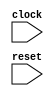
module IntervalChainedSubTester(
    input clock,
    input reset
);
    wire [4:0] intervalResult1;
    wire [4:0] intervalResult2;
    wire [10:0] uIntResult;
    wire [11:0] sIntResult;
    wire [11:0] fixedResult;
    wire [5:0] _node_0;
    ASSINT #(.width(6)) assint_1 (
        .y(_node_0),
        .in(6'h11)
    );
    wire [2:0] _node_1;
    ASSINT #(.width(3)) assint_2 (
        .y(_node_1),
        .in(3'h2)
    );
    wire [6:0] _intervalResult1_T;
    wire [5:0] _WTEMP_0;
    PAD_SIGNED #(.width(3), .n(6)) s_pad_3 (
        .y(_WTEMP_0),
        .in(_node_1)
    );
    SUB_SIGNED #(.width(6)) s_sub_4 (
        .y(_intervalResult1_T),
        .a(_node_0),
        .b(_WTEMP_0)
    );
    wire [2:0] _node_2;
    ASSINT #(.width(3)) assint_5 (
        .y(_node_2),
        .in(3'h2)
    );
    wire [7:0] _intervalResult1_T_1;
    wire [6:0] _WTEMP_1;
    PAD_SIGNED #(.width(3), .n(7)) s_pad_6 (
        .y(_WTEMP_1),
        .in(_node_2)
    );
    SUB_SIGNED #(.width(7)) s_sub_7 (
        .y(_intervalResult1_T_1),
        .a(_intervalResult1_T),
        .b(_WTEMP_1)
    );
    wire [2:0] _node_3;
    ASSINT #(.width(3)) assint_8 (
        .y(_node_3),
        .in(3'h2)
    );
    wire [8:0] _intervalResult1_T_2;
    wire [7:0] _WTEMP_2;
    PAD_SIGNED #(.width(3), .n(8)) s_pad_9 (
        .y(_WTEMP_2),
        .in(_node_3)
    );
    SUB_SIGNED #(.width(8)) s_sub_10 (
        .y(_intervalResult1_T_2),
        .a(_intervalResult1_T_1),
        .b(_WTEMP_2)
    );
    wire [2:0] _node_4;
    ASSINT #(.width(3)) assint_11 (
        .y(_node_4),
        .in(3'h2)
    );
    wire [9:0] _intervalResult1_T_3;
    wire [8:0] _WTEMP_3;
    PAD_SIGNED #(.width(3), .n(9)) s_pad_12 (
        .y(_WTEMP_3),
        .in(_node_4)
    );
    SUB_SIGNED #(.width(9)) s_sub_13 (
        .y(_intervalResult1_T_3),
        .a(_intervalResult1_T_2),
        .b(_WTEMP_3)
    );
    wire [2:0] _node_5;
    ASSINT #(.width(3)) assint_14 (
        .y(_node_5),
        .in(3'h2)
    );
    wire [10:0] _intervalResult1_T_4;
    wire [9:0] _WTEMP_4;
    PAD_SIGNED #(.width(3), .n(10)) s_pad_15 (
        .y(_WTEMP_4),
        .in(_node_5)
    );
    SUB_SIGNED #(.width(10)) s_sub_16 (
        .y(_intervalResult1_T_4),
        .a(_intervalResult1_T_3),
        .b(_WTEMP_4)
    );
    wire [2:0] _node_6;
    ASSINT #(.width(3)) assint_17 (
        .y(_node_6),
        .in(3'h2)
    );
    wire [11:0] _intervalResult1_T_5;
    wire [10:0] _WTEMP_5;
    PAD_SIGNED #(.width(3), .n(11)) s_pad_18 (
        .y(_WTEMP_5),
        .in(_node_6)
    );
    SUB_SIGNED #(.width(11)) s_sub_19 (
        .y(_intervalResult1_T_5),
        .a(_intervalResult1_T_4),
        .b(_WTEMP_5)
    );
    wire [5:0] _node_7;
    ASSINT #(.width(6)) assint_20 (
        .y(_node_7),
        .in(6'h11)
    );
    wire [2:0] _node_8;
    ASSINT #(.width(3)) assint_21 (
        .y(_node_8),
        .in(3'h2)
    );
    wire [6:0] _intervalResult2_T;
    wire [5:0] _WTEMP_6;
    PAD_SIGNED #(.width(3), .n(6)) s_pad_22 (
        .y(_WTEMP_6),
        .in(_node_8)
    );
    SUB_SIGNED #(.width(6)) s_sub_23 (
        .y(_intervalResult2_T),
        .a(_node_7),
        .b(_WTEMP_6)
    );
    wire [2:0] _node_9;
    ASSINT #(.width(3)) assint_24 (
        .y(_node_9),
        .in(3'h2)
    );
    wire [7:0] _intervalResult2_T_1;
    wire [6:0] _WTEMP_7;
    PAD_SIGNED #(.width(3), .n(7)) s_pad_25 (
        .y(_WTEMP_7),
        .in(_node_9)
    );
    SUB_SIGNED #(.width(7)) s_sub_26 (
        .y(_intervalResult2_T_1),
        .a(_intervalResult2_T),
        .b(_WTEMP_7)
    );
    wire [2:0] _node_10;
    ASSINT #(.width(3)) assint_27 (
        .y(_node_10),
        .in(3'h2)
    );
    wire [8:0] _intervalResult2_T_2;
    wire [7:0] _WTEMP_8;
    PAD_SIGNED #(.width(3), .n(8)) s_pad_28 (
        .y(_WTEMP_8),
        .in(_node_10)
    );
    SUB_SIGNED #(.width(8)) s_sub_29 (
        .y(_intervalResult2_T_2),
        .a(_intervalResult2_T_1),
        .b(_WTEMP_8)
    );
    wire [2:0] _node_11;
    ASSINT #(.width(3)) assint_30 (
        .y(_node_11),
        .in(3'h2)
    );
    wire [9:0] _intervalResult2_T_3;
    wire [8:0] _WTEMP_9;
    PAD_SIGNED #(.width(3), .n(9)) s_pad_31 (
        .y(_WTEMP_9),
        .in(_node_11)
    );
    SUB_SIGNED #(.width(9)) s_sub_32 (
        .y(_intervalResult2_T_3),
        .a(_intervalResult2_T_2),
        .b(_WTEMP_9)
    );
    wire [2:0] _node_12;
    ASSINT #(.width(3)) assint_33 (
        .y(_node_12),
        .in(3'h2)
    );
    wire [10:0] _intervalResult2_T_4;
    wire [9:0] _WTEMP_10;
    PAD_SIGNED #(.width(3), .n(10)) s_pad_34 (
        .y(_WTEMP_10),
        .in(_node_12)
    );
    SUB_SIGNED #(.width(10)) s_sub_35 (
        .y(_intervalResult2_T_4),
        .a(_intervalResult2_T_3),
        .b(_WTEMP_10)
    );
    wire [2:0] _node_13;
    ASSINT #(.width(3)) assint_36 (
        .y(_node_13),
        .in(3'h2)
    );
    wire [11:0] _intervalResult2_T_5;
    wire [10:0] _WTEMP_11;
    PAD_SIGNED #(.width(3), .n(11)) s_pad_37 (
        .y(_WTEMP_11),
        .in(_node_13)
    );
    SUB_SIGNED #(.width(11)) s_sub_38 (
        .y(_intervalResult2_T_5),
        .a(_intervalResult2_T_4),
        .b(_WTEMP_11)
    );
    wire [5:0] _uIntResult_T;
    assign _uIntResult_T = 6'hF;
    wire [5:0] _uIntResult_T_1;
    assign _uIntResult_T_1 = 6'hF;
    wire [6:0] _uIntResult_T_2;
    assign _uIntResult_T_2 = 7'hD;
    wire [6:0] _uIntResult_T_3;
    assign _uIntResult_T_3 = 7'hD;
    wire [7:0] _uIntResult_T_4;
    assign _uIntResult_T_4 = 8'hB;
    wire [7:0] _uIntResult_T_5;
    assign _uIntResult_T_5 = 8'hB;
    wire [8:0] _uIntResult_T_6;
    assign _uIntResult_T_6 = 9'h9;
    wire [8:0] _uIntResult_T_7;
    assign _uIntResult_T_7 = 9'h9;
    wire [9:0] _uIntResult_T_8;
    assign _uIntResult_T_8 = 10'h7;
    wire [9:0] _uIntResult_T_9;
    assign _uIntResult_T_9 = 10'h7;
    wire [10:0] _uIntResult_T_10;
    assign _uIntResult_T_10 = 11'h5;
    wire [10:0] _uIntResult_T_11;
    assign _uIntResult_T_11 = 11'h5;
    wire [5:0] _node_14;
    ASSINT #(.width(6)) assint_39 (
        .y(_node_14),
        .in(6'h11)
    );
    wire [2:0] _node_15;
    ASSINT #(.width(3)) assint_40 (
        .y(_node_15),
        .in(3'h2)
    );
    wire [6:0] _fixedResult_T;
    wire [5:0] _WTEMP_12;
    PAD_SIGNED #(.width(3), .n(6)) s_pad_41 (
        .y(_WTEMP_12),
        .in(_node_15)
    );
    SUB_SIGNED #(.width(6)) s_sub_42 (
        .y(_fixedResult_T),
        .a(_node_14),
        .b(_WTEMP_12)
    );
    wire [2:0] _node_16;
    ASSINT #(.width(3)) assint_43 (
        .y(_node_16),
        .in(3'h2)
    );
    wire [7:0] _fixedResult_T_1;
    wire [6:0] _WTEMP_13;
    PAD_SIGNED #(.width(3), .n(7)) s_pad_44 (
        .y(_WTEMP_13),
        .in(_node_16)
    );
    SUB_SIGNED #(.width(7)) s_sub_45 (
        .y(_fixedResult_T_1),
        .a(_fixedResult_T),
        .b(_WTEMP_13)
    );
    wire [2:0] _node_17;
    ASSINT #(.width(3)) assint_46 (
        .y(_node_17),
        .in(3'h2)
    );
    wire [8:0] _fixedResult_T_2;
    wire [7:0] _WTEMP_14;
    PAD_SIGNED #(.width(3), .n(8)) s_pad_47 (
        .y(_WTEMP_14),
        .in(_node_17)
    );
    SUB_SIGNED #(.width(8)) s_sub_48 (
        .y(_fixedResult_T_2),
        .a(_fixedResult_T_1),
        .b(_WTEMP_14)
    );
    wire [2:0] _node_18;
    ASSINT #(.width(3)) assint_49 (
        .y(_node_18),
        .in(3'h2)
    );
    wire [9:0] _fixedResult_T_3;
    wire [8:0] _WTEMP_15;
    PAD_SIGNED #(.width(3), .n(9)) s_pad_50 (
        .y(_WTEMP_15),
        .in(_node_18)
    );
    SUB_SIGNED #(.width(9)) s_sub_51 (
        .y(_fixedResult_T_3),
        .a(_fixedResult_T_2),
        .b(_WTEMP_15)
    );
    wire [2:0] _node_19;
    ASSINT #(.width(3)) assint_52 (
        .y(_node_19),
        .in(3'h2)
    );
    wire [10:0] _fixedResult_T_4;
    wire [9:0] _WTEMP_16;
    PAD_SIGNED #(.width(3), .n(10)) s_pad_53 (
        .y(_WTEMP_16),
        .in(_node_19)
    );
    SUB_SIGNED #(.width(10)) s_sub_54 (
        .y(_fixedResult_T_4),
        .a(_fixedResult_T_3),
        .b(_WTEMP_16)
    );
    wire [2:0] _node_20;
    ASSINT #(.width(3)) assint_55 (
        .y(_node_20),
        .in(3'h2)
    );
    wire [11:0] _fixedResult_T_5;
    wire [10:0] _WTEMP_17;
    PAD_SIGNED #(.width(3), .n(11)) s_pad_56 (
        .y(_WTEMP_17),
        .in(_node_20)
    );
    SUB_SIGNED #(.width(11)) s_sub_57 (
        .y(_fixedResult_T_5),
        .a(_fixedResult_T_4),
        .b(_WTEMP_17)
    );
    wire [6:0] _sIntResult_T;
    assign _sIntResult_T = 7'shF;
    wire [7:0] _sIntResult_T_1;
    assign _sIntResult_T_1 = 8'shD;
    wire [8:0] _sIntResult_T_2;
    assign _sIntResult_T_2 = 9'shB;
    wire [9:0] _sIntResult_T_3;
    assign _sIntResult_T_3 = 10'sh9;
    wire [10:0] _sIntResult_T_4;
    assign _sIntResult_T_4 = 11'sh7;
    wire [11:0] _sIntResult_T_5;
    assign _sIntResult_T_5 = 12'sh5;
    wire _T;
    wire [10:0] _WTEMP_18;
    PAD_UNSIGNED #(.width(3), .n(11)) u_pad_58 (
        .y(_WTEMP_18),
        .in(3'h5)
    );
    EQ_UNSIGNED #(.width(11)) u_eq_59 (
        .y(_T),
        .a(uIntResult),
        .b(_WTEMP_18)
    );
    wire _T_1;
    BITS #(.width(1), .high(0), .low(0)) bits_60 (
        .y(_T_1),
        .in(reset)
    );
    wire _T_2;
    BITWISEOR #(.width(1)) bitwiseor_61 (
        .y(_T_2),
        .a(_T),
        .b(_T_1)
    );
    wire _T_3;
    EQ_UNSIGNED #(.width(1)) u_eq_62 (
        .y(_T_3),
        .a(_T_2),
        .b(1'h0)
    );
    wire _T_4;
    wire [11:0] _WTEMP_19;
    PAD_SIGNED #(.width(4), .n(12)) s_pad_63 (
        .y(_WTEMP_19),
        .in(4'sh5)
    );
    EQ_SIGNED #(.width(12)) s_eq_64 (
        .y(_T_4),
        .a(sIntResult),
        .b(_WTEMP_19)
    );
    wire _T_5;
    BITS #(.width(1), .high(0), .low(0)) bits_65 (
        .y(_T_5),
        .in(reset)
    );
    wire _T_6;
    BITWISEOR #(.width(1)) bitwiseor_66 (
        .y(_T_6),
        .a(_T_4),
        .b(_T_5)
    );
    wire _T_7;
    EQ_UNSIGNED #(.width(1)) u_eq_67 (
        .y(_T_7),
        .a(_T_6),
        .b(1'h0)
    );
    wire [11:0] _T_8;
    ASUINT #(.width(12)) asuint_68 (
        .y(_T_8),
        .in(fixedResult)
    );
    wire _T_9;
    wire [11:0] _WTEMP_20;
    PAD_UNSIGNED #(.width(3), .n(12)) u_pad_69 (
        .y(_WTEMP_20),
        .in(3'h5)
    );
    EQ_UNSIGNED #(.width(12)) u_eq_70 (
        .y(_T_9),
        .a(_T_8),
        .b(_WTEMP_20)
    );
    wire _T_10;
    BITS #(.width(1), .high(0), .low(0)) bits_71 (
        .y(_T_10),
        .in(reset)
    );
    wire _T_11;
    BITWISEOR #(.width(1)) bitwiseor_72 (
        .y(_T_11),
        .a(_T_9),
        .b(_T_10)
    );
    wire _T_12;
    EQ_UNSIGNED #(.width(1)) u_eq_73 (
        .y(_T_12),
        .a(_T_11),
        .b(1'h0)
    );
    wire [3:0] _node_21;
    ASSINT #(.width(4)) assint_74 (
        .y(_node_21),
        .in(4'h5)
    );
    wire _T_13;
    wire [4:0] _WTEMP_21;
    PAD_SIGNED #(.width(4), .n(5)) s_pad_75 (
        .y(_WTEMP_21),
        .in(_node_21)
    );
    EQ_SIGNED #(.width(5)) s_eq_76 (
        .y(_T_13),
        .a(intervalResult1),
        .b(_WTEMP_21)
    );
    wire _T_14;
    BITS #(.width(1), .high(0), .low(0)) bits_77 (
        .y(_T_14),
        .in(reset)
    );
    wire _T_15;
    BITWISEOR #(.width(1)) bitwiseor_78 (
        .y(_T_15),
        .a(_T_13),
        .b(_T_14)
    );
    wire _T_16;
    EQ_UNSIGNED #(.width(1)) u_eq_79 (
        .y(_T_16),
        .a(_T_15),
        .b(1'h0)
    );
    wire [3:0] _node_22;
    ASSINT #(.width(4)) assint_80 (
        .y(_node_22),
        .in(4'h5)
    );
    wire _T_17;
    wire [4:0] _WTEMP_22;
    PAD_SIGNED #(.width(4), .n(5)) s_pad_81 (
        .y(_WTEMP_22),
        .in(_node_22)
    );
    EQ_SIGNED #(.width(5)) s_eq_82 (
        .y(_T_17),
        .a(intervalResult2),
        .b(_WTEMP_22)
    );
    wire _T_18;
    BITS #(.width(1), .high(0), .low(0)) bits_83 (
        .y(_T_18),
        .in(reset)
    );
    wire _T_19;
    BITWISEOR #(.width(1)) bitwiseor_84 (
        .y(_T_19),
        .a(_T_17),
        .b(_T_18)
    );
    wire _T_20;
    EQ_UNSIGNED #(.width(1)) u_eq_85 (
        .y(_T_20),
        .a(_T_19),
        .b(1'h0)
    );
    wire _T_21;
    BITS #(.width(1), .high(0), .low(0)) bits_86 (
        .y(_T_21),
        .in(reset)
    );
    wire _T_22;
    EQ_UNSIGNED #(.width(1)) u_eq_87 (
        .y(_T_22),
        .a(_T_21),
        .b(1'h0)
    );
    assign fixedResult = _fixedResult_T_5;
    wire [4:0] _WTEMP_23;
    BITS #(.width(12), .high(4), .low(0)) bits_88 (
        .y(_WTEMP_23),
        .in(_intervalResult1_T_5)
    );
    ASSINT #(.width(5)) assint_89 (
        .y(intervalResult1),
        .in(_WTEMP_23)
    );
    wire [4:0] _WTEMP_24;
    BITS #(.width(12), .high(4), .low(0)) bits_90 (
        .y(_WTEMP_24),
        .in(_intervalResult2_T_5)
    );
    ASSINT #(.width(5)) assint_91 (
        .y(intervalResult2),
        .in(_WTEMP_24)
    );
    assign sIntResult = 12'sh5;
    assign uIntResult = 11'h5;
endmodule //IntervalChainedSubTester
module ASSINT(y, in);
    parameter width = 4;
    output [width-1:0] y;
    input [width-1:0] in;
    assign y = $signed(in);
endmodule // ASSINT
module PAD_SIGNED(y, in);
    parameter width = 4;
    parameter n = 4;
    output [(n > width ? n : width)-1:0] y;
    input [width-1:0] in;
    assign y = n > width ? {{(n - width){in[width-1]}}, in} : in;
endmodule // PAD_SIGNED
module SUB_SIGNED(y, a, b);
    parameter width = 4;
    output [width:0] y;
    input [width-1:0] a;
    input [width-1:0] b;
    assign y = $signed(a) - $signed(b);
endmodule // SUB_SIGNED
module PAD_UNSIGNED(y, in);
    parameter width = 4;
    parameter n = 4;
    output [(n > width ? n : width)-1:0] y;
    input [width-1:0] in;
    assign y = (n > width) ? {{(n - width){1'b0}}, in} : in;
endmodule // PAD_UNSIGNED
module EQ_UNSIGNED(y, a, b);
    parameter width = 4;
    output y;
    input [width-1:0] a;
    input [width-1:0] b;
    assign y = a == b;
endmodule // EQ_UNSIGNED
module BITS(y, in);
    parameter width = 4;
    parameter high = 2;
    parameter low = 0;
    output [high-low:0] y;
    input [width-1:0] in;
    assign y = in[high:low];
endmodule // BITS
module BITWISEOR(y, a, b);
    parameter width = 4;
    output [width-1:0] y;
    input [width-1:0] a;
    input [width-1:0] b;
    assign y = a | b;
endmodule // BITWISEOR
module EQ_SIGNED(y, a, b);
    parameter width = 4;
    output y;
    input [width-1:0] a;
    input [width-1:0] b;
    assign y = $signed(a) == $signed(b);
endmodule // EQ_SIGNED
module ASUINT(y, in);
    parameter width = 4;
    output [width-1:0] y;
    input [width-1:0] in;
    assign y = $unsigned(in);
endmodule // ASUINT